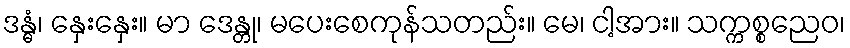
ဒန္ဓံ၊ နှေးနှေး။ မာ ဒေန္တု၊ မပေးစေကုန်သတည်း။ မေ၊ ငါ့အား။ သက္ကစ္စညေဝ၊